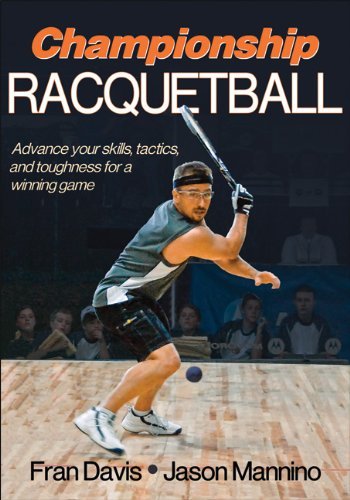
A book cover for Championship Racquetball by Fran Davis (25-Jan-2011) Paperback; Sports & Outdoors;